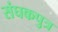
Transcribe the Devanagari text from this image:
संघकपुत्र